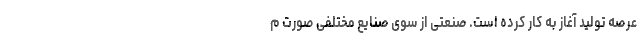
عرصه تولید آغاز به کار کرده است. صنعتی از سوی صنایع مختلفی صورت م